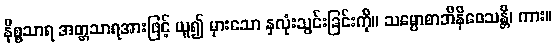
နိစ္စသာရ အတ္တသာရအားဖြင့် ယူ၍ မှားသော နှလုံးသွင်းခြင်းကို။ သမ္ပောစာဘိနိဝေသန္တိ၊ ကား။